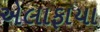
એલાફાયા